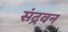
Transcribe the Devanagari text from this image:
संद्रवन